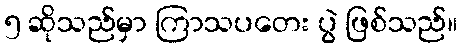
၅ ဆိုသည်မှာ ကြာသပတေး ပွဲ ဖြစ်သည်။